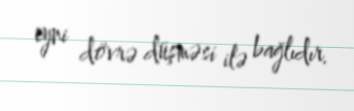
eyni dövrə düşməsi ilə bağlıdır.